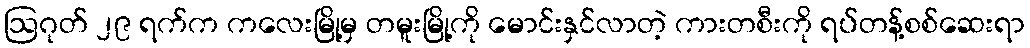
ဩဂုတ် ၂၉ ရက်က ကလေးမြို့မှ တမူးမြို့ကို မောင်းနှင်လာတဲ့ ကားတစီးကို ရပ်တန့်စစ်ဆေးရာ